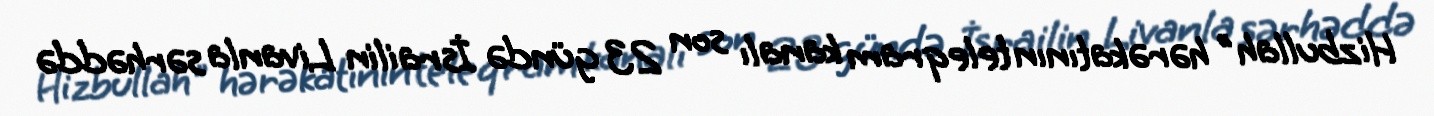
Hizbullah" hərəkatının teleqram kanalı son 23 gündə İsrailin Livanla sərhəddə